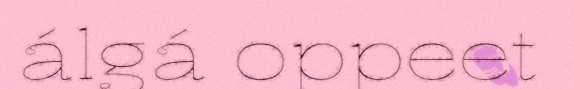
álgá oppeet